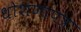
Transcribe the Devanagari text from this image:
धोशणापत्र